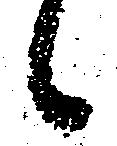
々